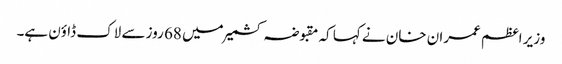
وزیر اعظم عمران خان نے کہا کہ مقبوضہ کشمیر میں 68 روز سے لاک ڈاؤن ہے۔